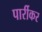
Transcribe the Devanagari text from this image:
पार्रीकर